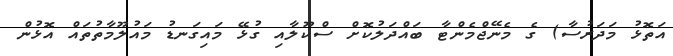
އަތޮޅު މަދަރުސާ) ގެ މެނޭޖްމެންޓާ ބައްދަލުކޮށް ސްކޫލާއި ގުޅޭ މައިގަނޑު މައުލޫމާތުތައް އޮޅުން